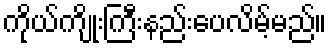
ကိုယ်ကျိုးကြီးနည်းပေလိမ့်မည်။